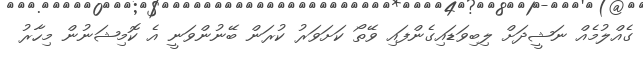
ގެއްލުމެއް ނަޝީދަށް ލިބިވަޑައިގެންފައި ވޭތޯ ކަށަވަރު ކުރަން ބޭނުންވަނީ އެ ކޮމިޝަނުން މިހާރު